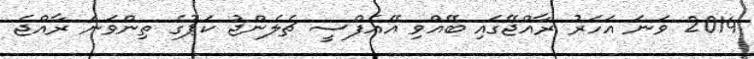
2014 ވަނަ އަހަރު ރާއްޖޭގައި ބޭއްވި އޭއެފްސީ ޗެލެންޖު ކަޕުގެ ތިންވަނަ ރާއްޖެ